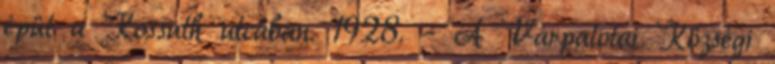
épül a Kossuth utcában. 1928. – A Várpalotai Községi